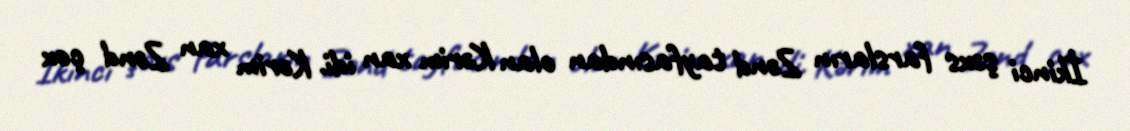
İkinci şəxs farsların Zənd tayfasından olan Kərim xan idi. Kərim xan Zənd çox